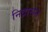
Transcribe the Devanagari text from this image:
निद्रासन